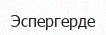
Эспергерде